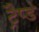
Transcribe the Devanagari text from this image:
ट्रैप्ड